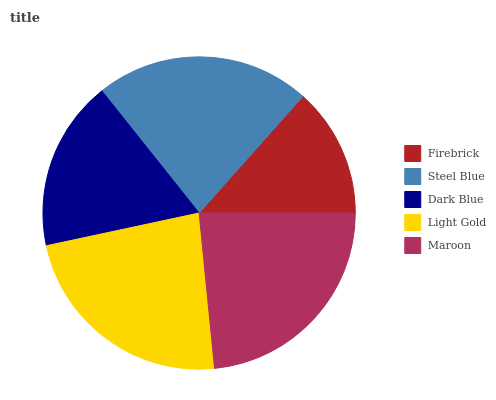
| Firebrick | Steel Blue | Dark Blue | Light Gold | Maroon |
 | --- | --- | --- | --- | --- |
 | 13.4% | 22.3% | 17.7% | 23.2% | 23.4% |